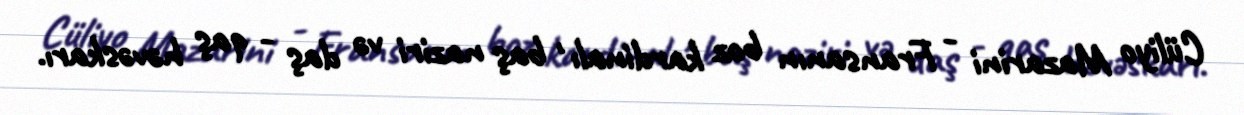
Cüliyo Mazarini - Fransanın boz kardinalı , baş naziri və daş - qaş həvəskarı.